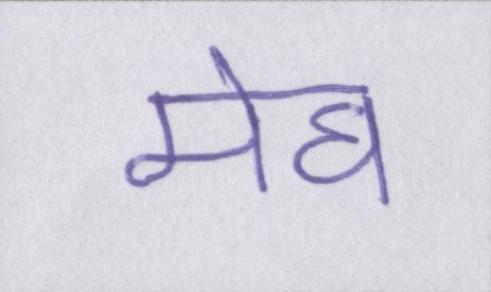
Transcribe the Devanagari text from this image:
मेघ